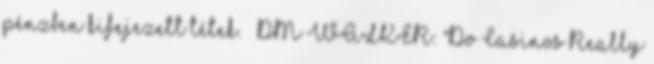
pénzben kifejezett tétek. ↑ DM WALKER: "Do Casinos Really